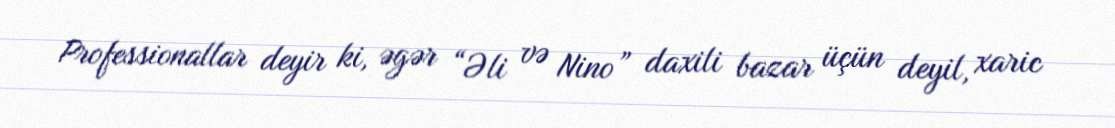
Professionallar deyir ki, əgər “Əli və Nino” daxili bazar üçün deyil, xaric